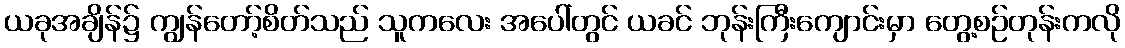
ယခုအချိန်၌ ကျွန်တော့်စိတ်သည် သူကလေး အပေါ်တွင် ယခင် ဘုန်းကြီးကျောင်းမှာ တွေ့စဉ်တုန်းကလို